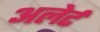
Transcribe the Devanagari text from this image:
अलेर्ट